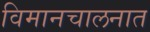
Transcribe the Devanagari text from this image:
विमानचालनात